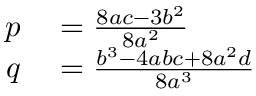
\begin{array} { r l } { p } & { { } = { \frac { 8 a c - 3 b ^ { 2 } } { 8 a ^ { 2 } } } } \\ { q } & { { } = { \frac { b ^ { 3 } - 4 a b c + 8 a ^ { 2 } d } { 8 a ^ { 3 } } } } \end{array}